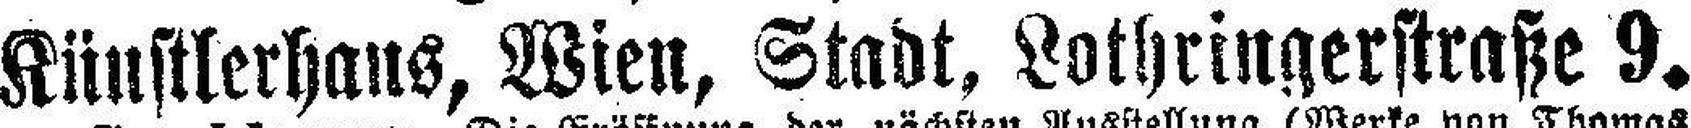
Künstlerhaus, Wien, Stadt, Lothringerstraße 9.